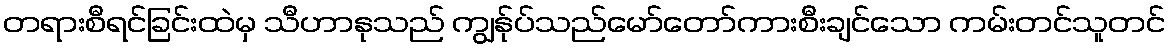
တရားစီရင်ခြင်းထဲမှ သီဟာနုသည် ကျွန်ုပ်သည်မော်တော်ကားစီးချင်သော ကမ်းတင်သူတင်